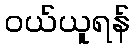
ဝယ်ယူရန်